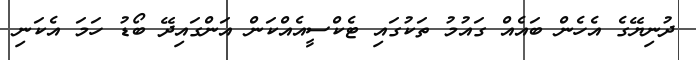
ދުނިޔޭގެ އެހެން ބައެއް ގައުމު ތަކުގައި ޓެކްސީއެއްކަން އަންގައިދޭ ބޯޑު ހަމަ އެކަނި